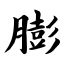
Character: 膨